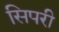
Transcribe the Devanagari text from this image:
सिपरी